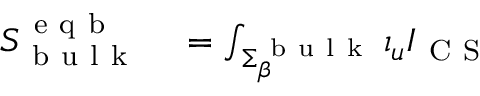
\begin{array} { r l } { S _ { \mathrm { ~ b ~ u ~ l ~ k ~ } } ^ { \mathrm { ~ e ~ q ~ b ~ } } } & { { } = \int _ { \Sigma _ { \beta } ^ { \mathrm { ~ b ~ u ~ l ~ k ~ } } } \iota _ { u } I _ { \mathrm { ~ C ~ S ~ } } } \end{array}